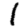
Digit: 1